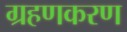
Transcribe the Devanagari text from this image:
ग्रहणकरण